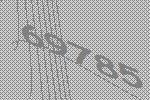
69785